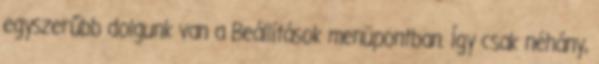
egyszerűbb dolgunk van a Beállítások menüpontban. Így csak néhány,